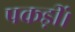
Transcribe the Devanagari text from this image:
पकड़ीं।